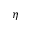
\eta